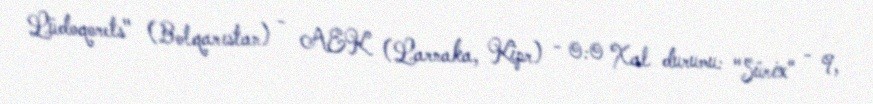
Lüdoqorets" (Bolqarıstan) - AEK (Larnaka, Kipr) - 0:0 Xal durumu: "Sürix" - 9,